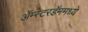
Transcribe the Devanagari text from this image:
ॲम्स्टरडॅममध्ये